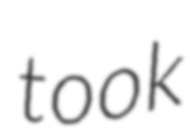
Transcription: took